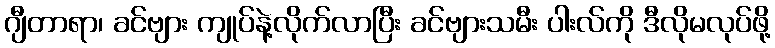
ဂျီတာရာ၊ ခင်ဗျား ကျုပ်နဲ့လိုက်လာပြီး ခင်ဗျားသမီး ပါးလ်ကို ဒီလိုမလုပ်ဖို့